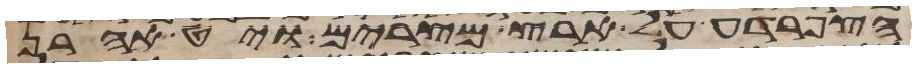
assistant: הצפרדע על ארץ מצרים ויט אהרן